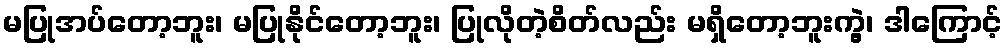
မပြုအပ်တော့ဘူး၊ မပြုနိုင်တော့ဘူး၊ ပြုလိုတဲ့စိတ်လည်း မရှိတော့ဘူးကွဲ့၊ ဒါကြောင့်